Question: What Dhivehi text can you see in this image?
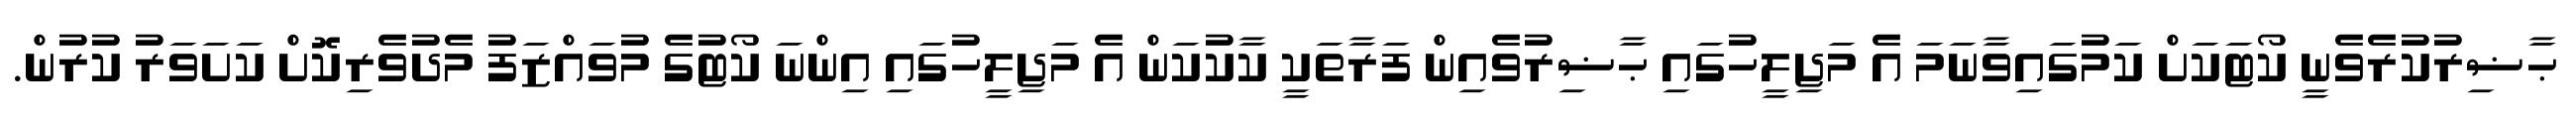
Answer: ޙާޟިރުކުރެވެނީ ކޯޓަކަށް ކަމުގައިވާނަމަ އެ މަޖިލީހުގައި ޙާޟިރުވެއިން ފަރާތަކީ ކާކުކަން އެ މަޖިލީހުގައި އިންނަ ކޯޓުގެ މުވައްޒަފު މެދުވެރިކޮށް ކަށަވަރު ކުރުން.